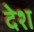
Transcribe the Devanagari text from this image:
देेश